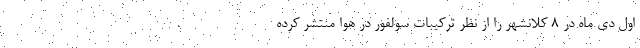
اول دی ماه در ۸ کلانشهر را از نظر ترکیبات سولفور در هوا منتشر کرده